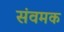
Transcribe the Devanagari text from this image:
संवमक